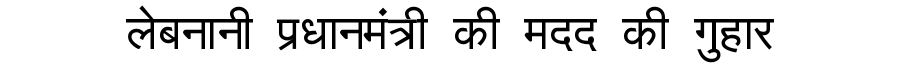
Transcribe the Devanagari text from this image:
लेबनानी प्रधानमंत्री की मदद की गुहार